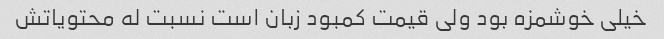
خیلی خوشمزه بود ولی قیمت کمبود زبان است نسبت له محتویاتش